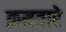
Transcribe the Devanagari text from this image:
क्रमवारे